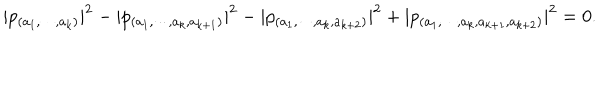
| p _ { ( a _ { 1 } , \cdots , a _ { k } ) } | ^ { 2 } - | p _ { ( a _ { 1 } , \cdots , a _ { k } , a _ { k + 1 } ) } | ^ { 2 } - | p _ { ( a _ { 1 } , \cdots , a _ { k } , a _ { k + 2 } ) } | ^ { 2 } + | p _ { ( a _ { 1 } , \cdots , a _ { k } , a _ { k + 1 } , a _ { k + 2 } ) } | ^ { 2 } = 0 .